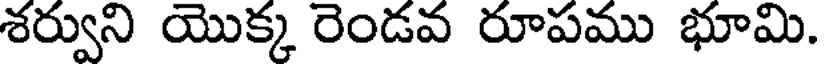
శర్వుని యొక్క రెండవ రూపము భూమి.